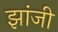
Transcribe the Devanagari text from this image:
झांजी